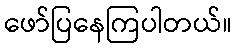
ဖော်ပြနေကြပါတယ်။